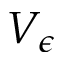
V _ { \epsilon }